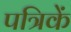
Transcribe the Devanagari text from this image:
पत्रिकें